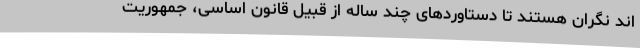
اند نگران هستند تا دستاوردهای چند ساله از قبیل قانون اساسی، جمهوریت